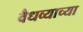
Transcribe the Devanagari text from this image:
वैधव्याच्या